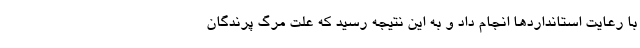
با رعایت استانداردها انجام داد و به این نتیجه رسید که علت مرگ پرندگان